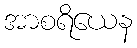
အာစရိယေန